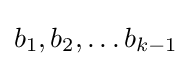
{\textstyle b_{1},b_{2},\ldots b_{k-1}}